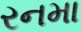
રનમા